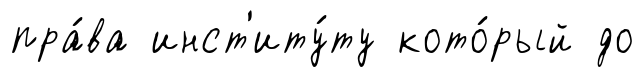
пра́ва инст'иту́ту кото́рый до